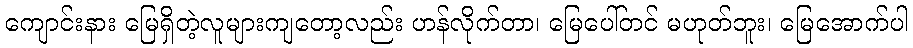
ကျောင်းနား မြေရှိတဲ့လူများကျတော့လည်း ဟန်လိုက်တာ၊ မြေပေါ်တင် မဟုတ်ဘူး၊ မြေအောက်ပါ